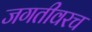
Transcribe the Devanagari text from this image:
जगतीवरच